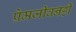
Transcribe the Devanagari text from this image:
प्रेमजीवनही